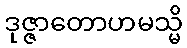
ဒုဇ္ဇာတောဟမသ္မိ